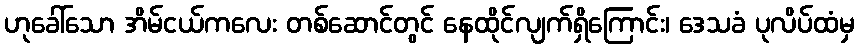
ဟုခေါ်သော အိမ်ငယ်ကလေး တစ်ဆောင်တွင် နေထိုင်လျက်ရှိကြောင်း၊ ဒေသခံ ပုလိပ်ထံမှ